Lock hospitals Punjab
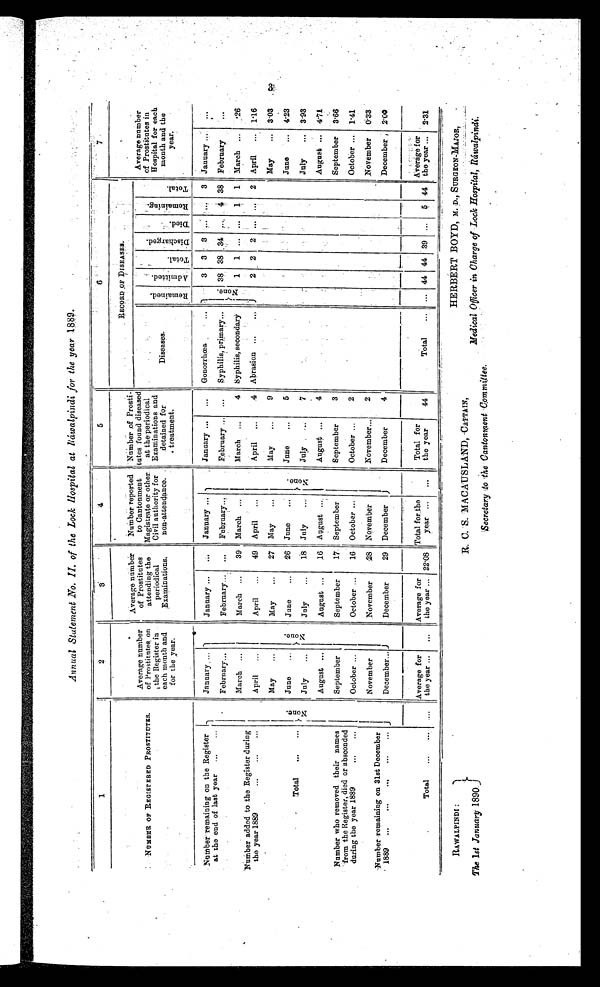
Annual Statement No. II. of the Lock Hospital at Ráwalpindi for the year 1889.
1
2
3
4
5
6
7
NUMBER OF REGISTERED PROSTITUTES.
Average number
of Prostitutes on
the Register in
each month and
for the year.
Average number
of Prostitutes
attending the
periodical
Examinations.
Number reported
to Cantonment
Magistrate or other
Civil authority for
non-attendance.
Number of Prosti-
tutes found diseased
at the periodical
Examinations and
detained for
treatment.
RECORD OF DISEASES.
Average number
of Prostitutes in
Hospital for each
month and the
year.
D i s e a s e s .
Remai ned.
A d m i t t e d .
T o t a l .
D i s c h a r g e d . Died.
R e m a i n i n g .
T o t a l .
Number remaining on the Register
at the end of last year ...
...
N o n e .
January, ...
N o n e .
January ...
. . . January ...
None.
January ...
. . .
Gonorrhœa
. . .
N o n e . 3
3
3 ...
. . . 3 January ...
. . .
February...
February...
...
February...
February ... ...
S y p h i l i s ,
p r i m a r y . . .
38 38 34 ...
4 38 February
. . .
Number added to the Register during
the year 1889
...
...
. . .
March
. . .
March ...
39 March
. . .
March ...
4 syphilis, secondary
1
1
. . .
...
1 1 March ... .26
April
...
April
...
49 April
...
April
...
4 Abrasion ...
. . .
2 2
2 ...
. . . 2 April
... 1.16
•
Total
...
. . .
May
...
May
...
27 May
...
May
...
9
May
... 3.03
June
. . .
June
. . .
2 6 June
. . .
June
...
5
June
... 4.23
July
...
July
...
18 July
. . .
July
...
7
July
... 3.93
Number who removed their names
from the Register, died or absconded
during the year 1889
...
. . .
August ...
August ...
16 August ...
August ...
4
August . . . 4.71
September
September
17 September
September
3
September
3.66
October ...
October ...
16 October ...
October ...
2
October ...
1.41
Number remaining on 31s
t
December
1889 ...
...
...
...
...
November
November
28 November
November....
2
November
6.33
December...
December
29 December
December
4
December
2.00
Total
...
. . .
. . .
Average for
the year ...
...
Average for
the year ... 22.08
Total for the
year
. . .
. . .
Total for
the year
44
Total
. . .
. . .
44 44 39 ...
5 44
A v e r a g e
f o r
the year ... 2.31
3
RAWALPINDI :
The 1st January 1890.
R. C. S. MACAUSLAND, CAPTAIN,
Secretary to the Cantonment Committee.
HERBERT BOYD, M. D., SURGEON-MAJOR,
Medical Officer in Charge of Lock Hospital, Ráwalpindi.